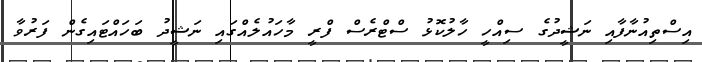
އިސްތިއުނާފާއި ނަޝީދުގެ ސިއްހީ ހާލުކޮޅު ސްޓްރެސް ފްރީ މާހައުލެއްގައި ނަޝީދު ބަހައްޓައިގެން ފަރުވާ